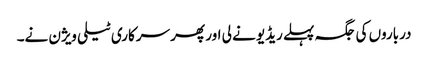
درباروں کی جگہ پہلے ریڈیو نے لی اور پھر سرکاری ٹیلی ویژن نے۔